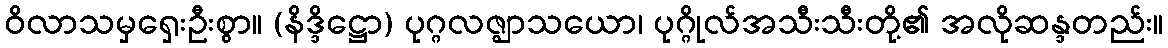
ဝိလာသမှရှေးဦးစွာ။ (နိဒ္ဒိဋ္ဌော) ပုဂ္ဂလဇ္ဈာသယော၊ ပုဂ္ဂိုလ်အသီးသီးတို့၏ အလိုဆန္ဒတည်း။